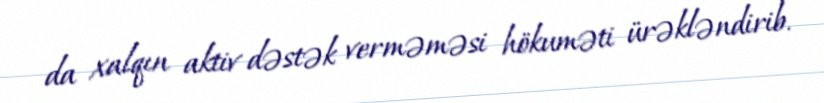
da xalqın aktiv dəstək verməməsi hökuməti ürəkləndirib.